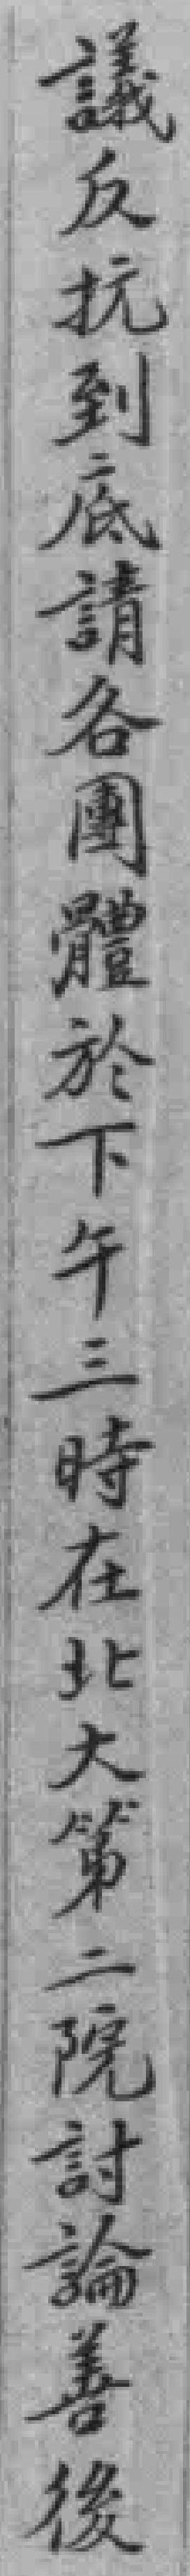
議反抗到底請各團體於下午三時在北大第二院討論善後